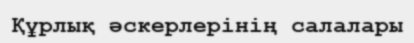
Құрлық әскерлерінің салалары